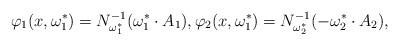
LaTeX: \begin{align*}\varphi_1(x,\omega_1^*)=N_{\omega_1^*}^{-1}(\omega_1^*\cdot A_1),\varphi_2(x,\omega_1^*)=N_{\omega_2^*}^{-1}(-\omega_2^*\cdot A_2),\end{align*}